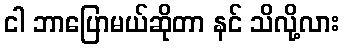
ငါ ဘာပြောမယ်ဆိုတာ နင် သိလို့လား